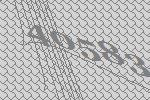
40583